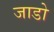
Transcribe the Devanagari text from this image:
जाडो